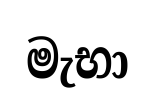
මැභා